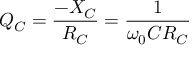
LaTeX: Q _ { C } = { \frac { - X _ { C } } { R _ { C } } } = { \frac { 1 } { \omega _ { 0 } C R _ { C } } }